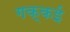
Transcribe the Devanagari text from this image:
गक्‍कई